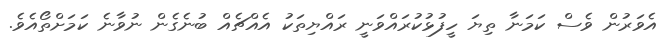
އެވަރުން ވެސް ކަމަނާ ތިޔަ ހީފުޅުކުރައްވަނީ ރައްޔިތަކު އެއްޗެއް ބުނެގެން ނުވާނެ ކަމަށްތޯއެވެ.